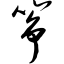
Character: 筝